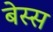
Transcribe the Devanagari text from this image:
बेस्स